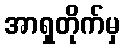
အာရှတိုက်မှ